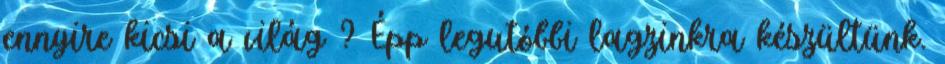
ennyire kicsi a világ ? Épp legutóbbi lagzinkra készültünk.